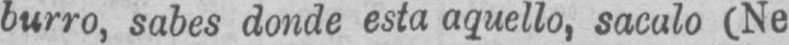
burro, sabes donde esta aquello, sacalo (Ne